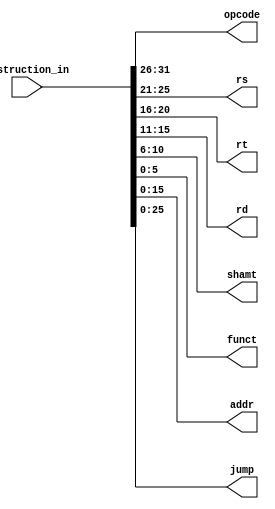
module Instruction_Decoder(Instruction_in,opcode,rs,rt,rd,shamt,funct,addr,jump);
input [31:0] Instruction_in;
  output reg [5:0] opcode;
  output reg [4:0] rs;
  output reg [4:0] rt;
  output reg [4:0] rd;
  output reg [4:0] shamt;
  output reg [5:0] funct;
  output reg [15:0] addr;
  output reg [25:0] jump;
  
  always@(*)
	begin
	
		opcode <= Instruction_in [31:26];
		rs <= Instruction_in [25:21];
		rt <= Instruction_in [20:16];
		rd <= Instruction_in [15:11];
		shamt <= Instruction_in [10:6];
		funct <= Instruction_in [5:0];
		addr <= Instruction_in [15:0];
		jump <= Instruction_in [25:0];
	
	
	end 
	
	
	
	endmodule